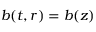
b ( t , r ) = b ( z )